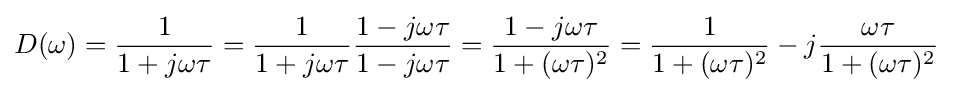
D(\omega )={\frac {1}{1+j\omega \tau }}={\frac {1}{1+j\omega \tau }}{\frac {1-j\omega \tau }{1-j\omega \tau }}={\frac {1-j\omega \tau }{1+(\omega \tau )^{2}}}={\frac {1}{1+(\omega \tau )^{2}}}-j{\frac {\omega \tau }{1+(\omega \tau )^{2}}}